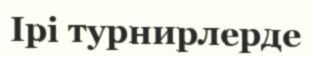
Ірі турнирлерде